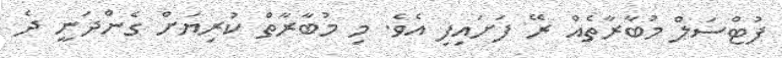
ފުޓްސަލް މުބާރާތެއް ރޭ ފަށައިފި އެވެ. މި މުބާރާތް ކުރިޔަށް ގެންދަނީ ދެ